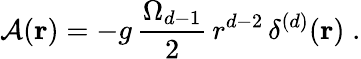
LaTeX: {\mathcal A}({\mathbf r})=-g\, \frac{\Omega_{d-1}}{2}\, r^{d-2}\, \delta^{(d)}({\mathbf r})\; .